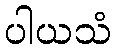
ပါယသံ